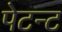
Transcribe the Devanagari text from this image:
पेटन्ट